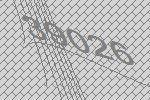
39026